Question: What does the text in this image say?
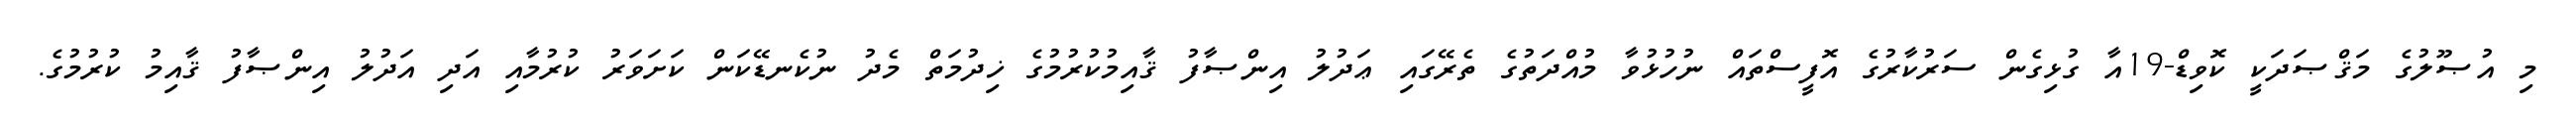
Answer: މި އުޞޫލުގެ މަޤްޞަދަކީ ކޮވިޑް-19އާ ގުޅިގެން ސަރުކާރުގެ އޮފީސްތައް ނުހުޅުވާ މުއްދަތުގެ ތެރޭގައި ޢަދުލު އިންޞާފު ޤާއިމުކުރުމުގެ ޚިދުމަތް މެދު ނުކެނޑޭކަން ކަށަވަރު ކުރުމާއި އަދި އަދުލު އިންޞާފު ޤާއިމު ކުރުމުގެ.